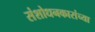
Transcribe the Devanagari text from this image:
संशोधनकारांच्या